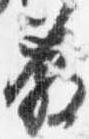
発